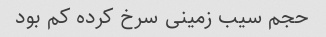
حجم سیب زمینی سرخ کرده کم بود